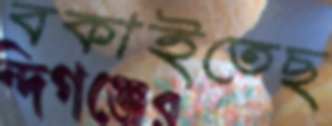
বকাইতেছ